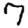
Digit: 7